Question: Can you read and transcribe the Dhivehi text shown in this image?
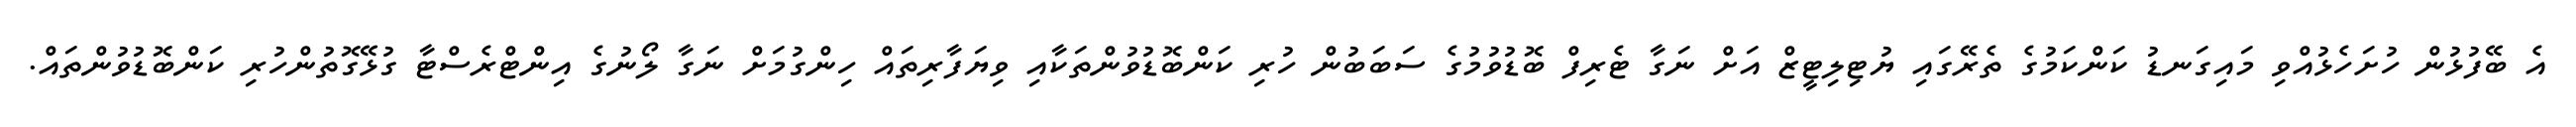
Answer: އެ ބޭފުޅުން ހުށަހެޅުއްވި މައިގަނޑު ކަންކަމުގެ ތެރޭގައި ޔުޓިލިޓީޒް އަށް ނަގާ ޓެރިފް ބޮޑުވުމުގެ ސަބަބުން ހުރި ކަންބޮޑުވުންތަކާއި ވިޔަފާރިތައް ހިންގުމަށް ނަގާ ލޯނުގެ އިންޓްރެސްޓާ ގުޅޭގޮތުންހުރި ކަންބޮޑުވުންތައް.